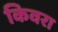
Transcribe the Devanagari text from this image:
किवरा